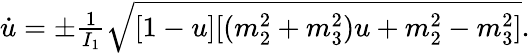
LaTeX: \begin{array}{r}{\dot{u}=\pm\frac{1}{I_{1}}\sqrt{[1-u][(m_{2}^{2}+m_{3}^{2})u+m_{2}^{2}-m_{3}^{2}]}.}\end{array}